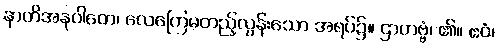
နာတိအနုဝါတေ၊ လေကြေမတည့်လွန်းသော အရပ်၌။ ဌာတဗ္ဗံ၊ ၏။ ဧဝံ၊